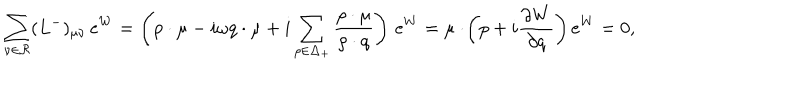
\sum _ { \nu \in { \cal R } } ( L ^ { - } ) _ { \mu \nu } \, e ^ { W } = \left( p \cdot \mu - i \omega q \cdot \mu + i \sum _ { \rho \in \Delta _ { + } } { \frac { \rho \cdot \mu } { \rho \cdot q } } \right) \, e ^ { W } = \mu \cdot \! \left( p + i { \frac { \partial W } { \partial q } } \right) e ^ { W } = 0 ,